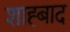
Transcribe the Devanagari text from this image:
शाह्बाद